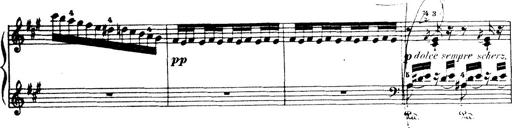
Title: Wagner-Liszt Album
Composer: Franz Liszt